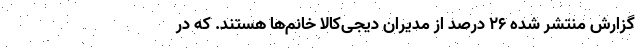
گزارش منتشر شده 26 درصد از مدیران دیجی‌کالا خانم‌ها هستند. که در